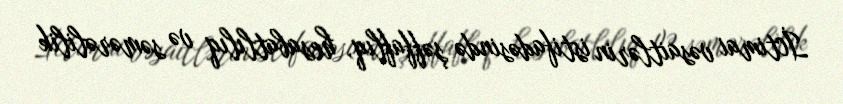
İctimai vəsaitlərin istifadəsində şəffaflıq, hesabatlılıq və səmərəlilik